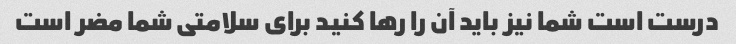
درست است شما نیز باید آن را رها کنید برای سلامتی شما مضر است